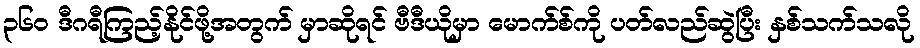
၃၆၀ ဒီဂရီကြည့်နိုင်ဖို့အတွက် မှာဆိုရင် ဗီဒီယိုမှာ မောက်စ်ကို ပတ်လည်ဆွဲပြီး နှစ်သက်သလို